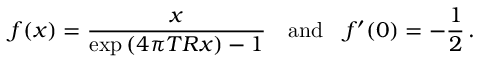
f ( x ) = \frac { x } { \exp { ( 4 \pi T R x ) } - 1 } \quad \mathrm { a n d } \quad f ^ { \prime } ( 0 ) = - \frac { 1 } { 2 } \, { . }